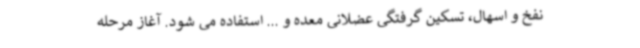
نفخ و اسهال، تسکین گرفتگی عضلانی معده و ... استفاده می شود. آغاز مرحله